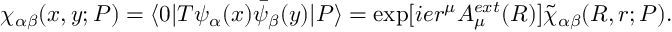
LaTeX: \chi _ { \alpha \beta } ( x , y ; P ) = \langle 0 | T \psi _ { \alpha } ( x ) { \bar { \psi } } _ { \beta } ( y ) | P \rangle = \exp [ i e r ^ { \mu } A _ { \mu } ^ { e x t } ( R ) ] \tilde { \chi } _ { \alpha \beta } ( R , r ; P ) .